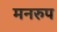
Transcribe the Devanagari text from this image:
मनरुप